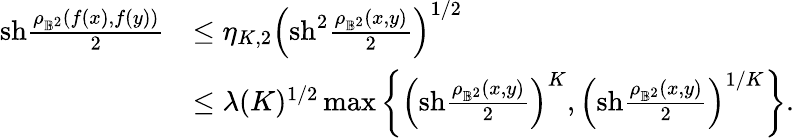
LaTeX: \begin{array}{rl}{\mathrm{sh}\frac{\rho_{\mathbb{B}^{2}}(f(x),f(y))}{2}}&{\leq\eta_{K,2}\left(\mathrm{sh}^{2}\frac{\rho_{\mathbb{B}^{2}}(x,y)}{2}\right)^{1/2}}\\ &{\leq\lambda(K)^{1/2}\operatorname*{max}\left\{ \left(\mathrm{sh}\frac{\rho_{\mathbb{B}^{2}}(x,y)}{2}\right)^{K},\left(\mathrm{sh}\frac{\rho_{\mathbb{B}^{2}}(x,y)}{2}\right)^{1/K}\right\} .}\end{array}